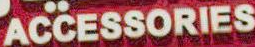
ACCESSORIES